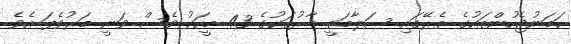
ހަމަނުޖެހުންތަކުގެ ތެރޭގައި ސަލާމަތީ ބާރުތަކުގެ 43 މީހަކު ވެސް ވަނީ މަރުވެފަ އެވެ.